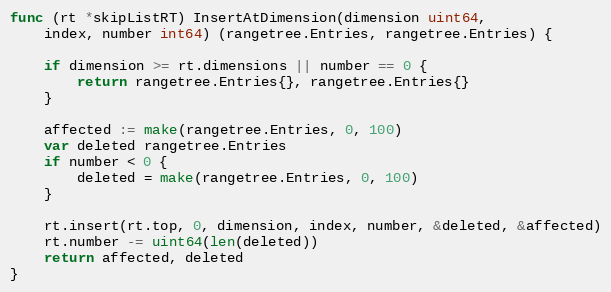
Language: Go
func (rt *skipListRT) InsertAtDimension(dimension uint64,
	index, number int64) (rangetree.Entries, rangetree.Entries) {

	if dimension >= rt.dimensions || number == 0 {
		return rangetree.Entries{}, rangetree.Entries{}
	}

	affected := make(rangetree.Entries, 0, 100)
	var deleted rangetree.Entries
	if number < 0 {
		deleted = make(rangetree.Entries, 0, 100)
	}

	rt.insert(rt.top, 0, dimension, index, number, &deleted, &affected)
	rt.number -= uint64(len(deleted))
	return affected, deleted
}